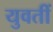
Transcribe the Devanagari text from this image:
युवतीं